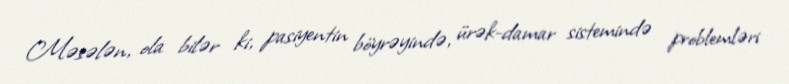
Məsələn, ola bilər ki, pasiyentin böyrəyində, ürək-damar sistemində problemləri